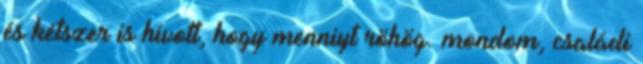
és kétszer is hívott, hogy menniyt röhög. mondom, családi